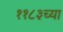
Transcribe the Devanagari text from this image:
११८३च्या